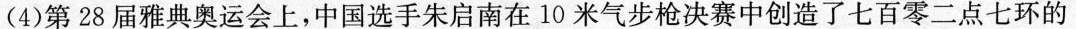
（4）第28届雅典运动会上，中国选手朱启南在10米气步枪决赛中创造了七百零二点七环的